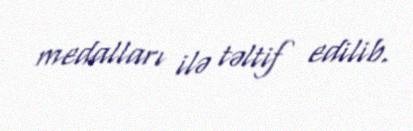
medalları ilə təltif edilib.